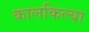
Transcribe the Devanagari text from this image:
कालकिल्या